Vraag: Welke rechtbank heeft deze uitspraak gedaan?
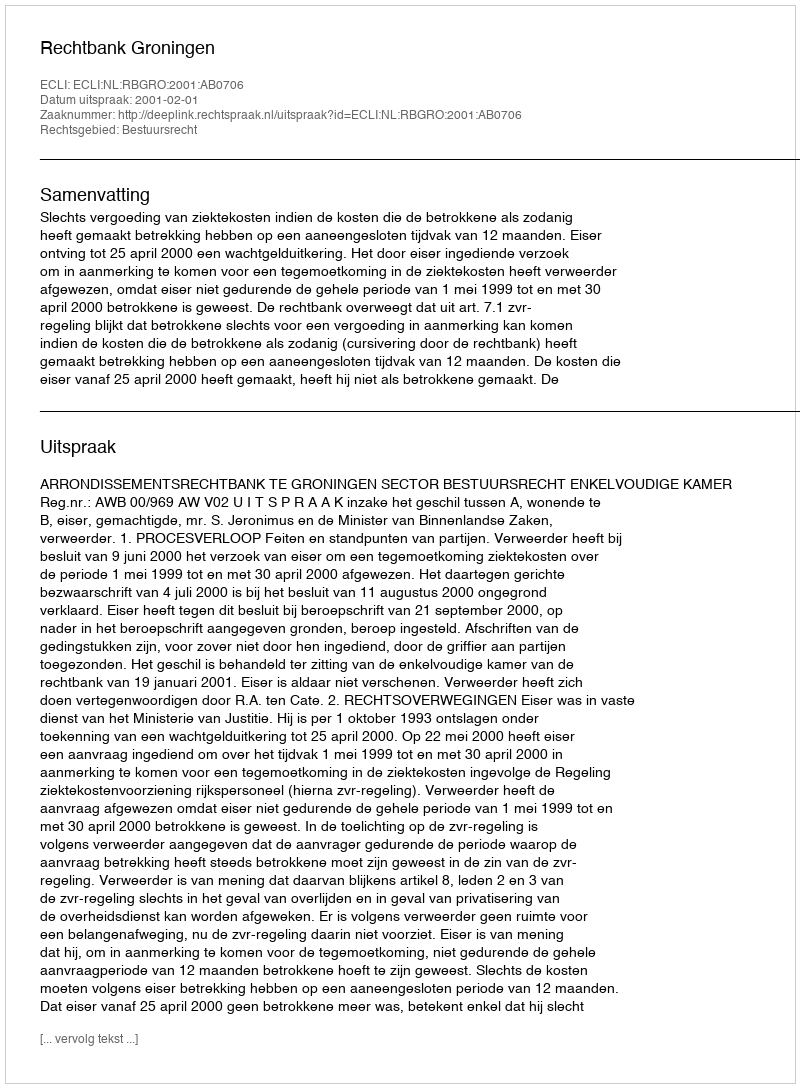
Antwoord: Rechtbank Groningen